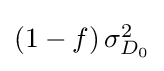
{\textstyle \left(1-f\right)\sigma _{D_{0}}^{2}}